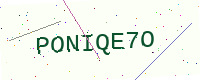
Text: PONIQE7O